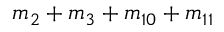
m _ { 2 } + m _ { 3 } + m _ { 1 0 } + m _ { 1 1 }